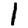
Digit: 1